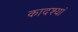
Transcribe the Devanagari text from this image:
कादश्यां